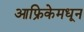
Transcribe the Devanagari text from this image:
आफ्रिकेमधून